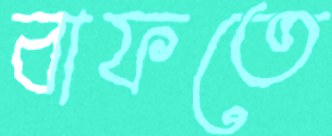
বাফতে